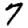
Digit: 7